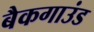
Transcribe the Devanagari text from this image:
बैकगाउंड